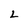
Character: L